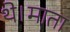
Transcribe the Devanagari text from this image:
थे।माता